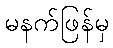
မနက်ဖြန်မှ